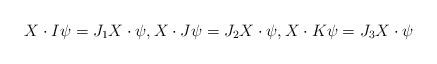
LaTeX: \begin{align*}X\cdot I\psi = J_1 X\cdot\psi, X\cdot J\psi = J_2 X\cdot\psi,X\cdot K\psi = J_3 X\cdot\psi\end{align*}